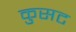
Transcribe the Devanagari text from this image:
कुसट